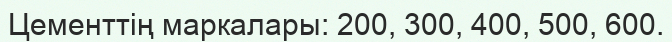
Цементтің маркалары: 200, 300, 400, 500, 600.